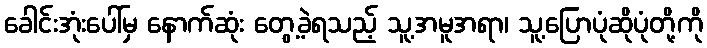
ခေါင်းအုံးပေါ်မှ နောက်ဆုံး တွေ့ခဲ့ရသည့် သူ့အမူအရာ၊ သူ့ပြောပုံဆိုပုံတို့ကို